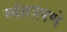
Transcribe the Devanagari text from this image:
स्वंतत्रपणे